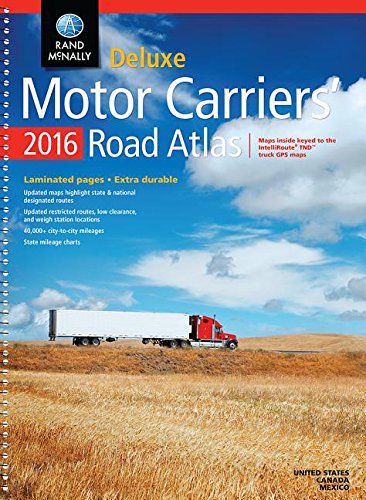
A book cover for Rand Mcnally 2016 Motor Carriers' Road Atlas (Rand Mcnally Motor Carriers' Road Atlas Deluxe Edition); Rand Mcnally; Reference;